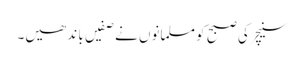
سنیچر کی صبح کو مسلمانوں نے صفیں با ند ھیں۔